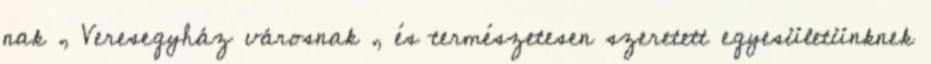
nak , Veresegyház városnak , és természetesen szeretett egyesületünknek